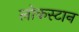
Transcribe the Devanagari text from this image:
लोकस्टान